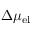
\Delta \mu _ { \mathrm { e l } }